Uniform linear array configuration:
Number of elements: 16
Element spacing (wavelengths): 0.75
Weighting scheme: exponential
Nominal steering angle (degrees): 60
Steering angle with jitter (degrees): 61.146
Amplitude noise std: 0.05
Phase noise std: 0.05

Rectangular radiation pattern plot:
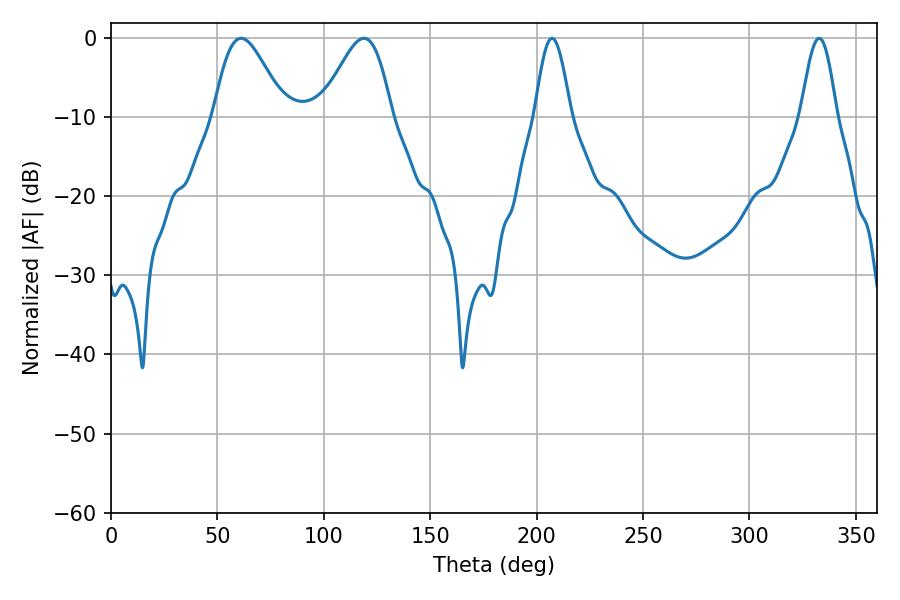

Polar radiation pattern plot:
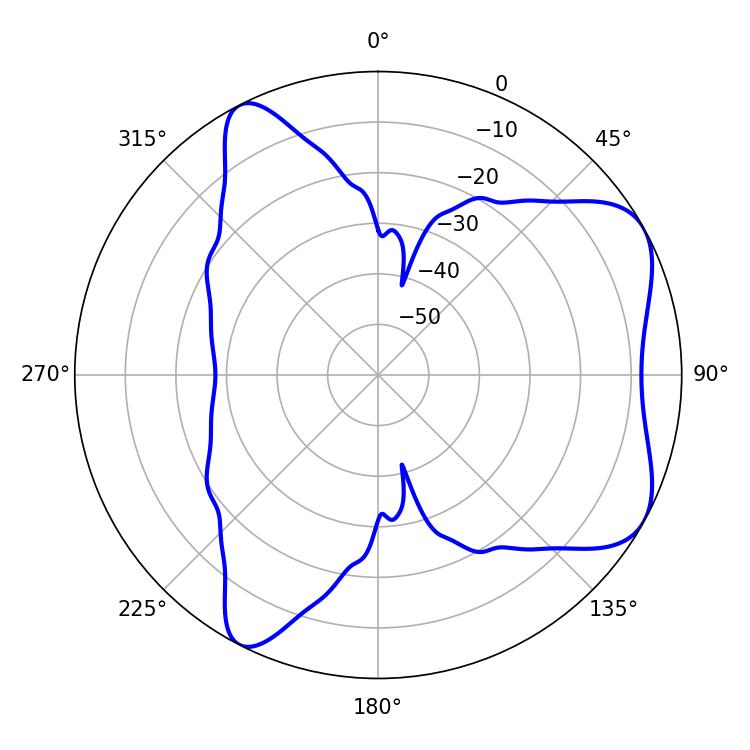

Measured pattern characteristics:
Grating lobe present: TRUE
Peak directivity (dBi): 6.22
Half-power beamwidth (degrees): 17.46
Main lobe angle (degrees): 61.2